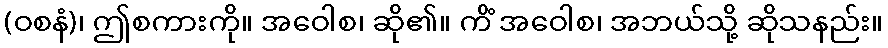
(ဝစနံ)၊ ဤစကားကို။ အဝေါစ၊ ဆို၏။ ကိံ အဝေါစ၊ အဘယ်သို့ ဆိုသနည်း။